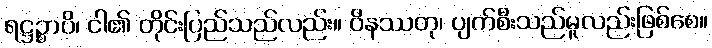
ရဋ္ဌဉ္စာပိ၊ ငါ၏ တိုင်းပြည်သည်လည်း။ ဝိနဿတု၊ ပျက်စီးသည်မူလည်းဖြစ်စေ။